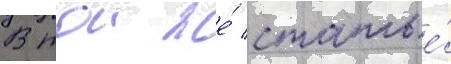
В тои же́ статье́